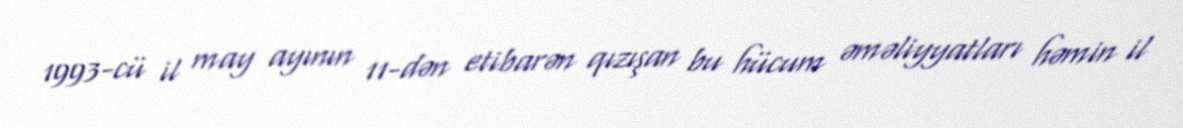
1993-cü il may ayının 11-dən etibarən qızışan bu hücum əməliyyatları həmin il